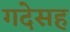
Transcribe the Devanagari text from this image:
गदेसह